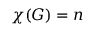
\chi ( G ) = n